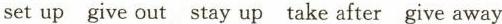
setup give out stay up take after give away